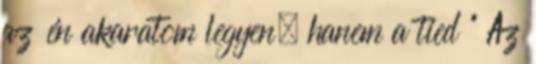
az én akaratom legyen, hanem a tied ” Az